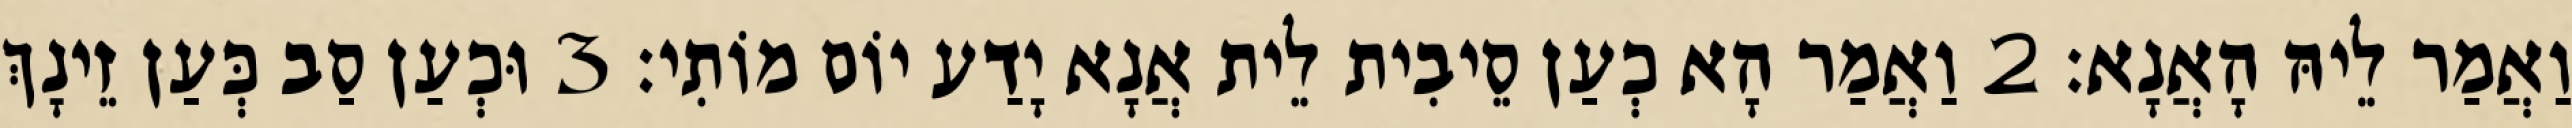
וַאֲמַר לֵיהּ הָאֲנָא׃ 2 וַאֲמַר הָא כְעַן סֵיבִית לֵית אֲנָא יָדַע יוֹם מוֹתִי׃ 3 וּכְעַן סַב כְּעַן זֵינָךְ